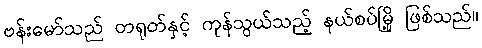
ဗန်းမော်သည် တရုတ်နှင့် ကုန်သွယ်သည့် နယ်စပ်မြို့ ဖြစ်သည်။